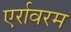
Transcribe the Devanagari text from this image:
एर्रावरम